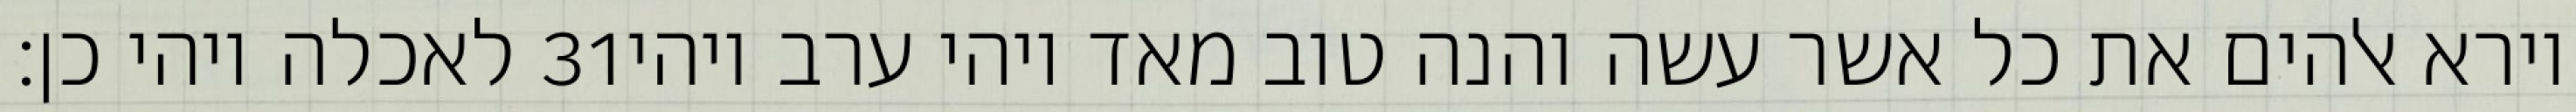
לאכלה ויהי כן׃ ‎31‏ וירא אלהים את כל אשר עשה והנה טוב מאד ויהי ערב ויהי